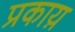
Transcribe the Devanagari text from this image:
प्रकाय़